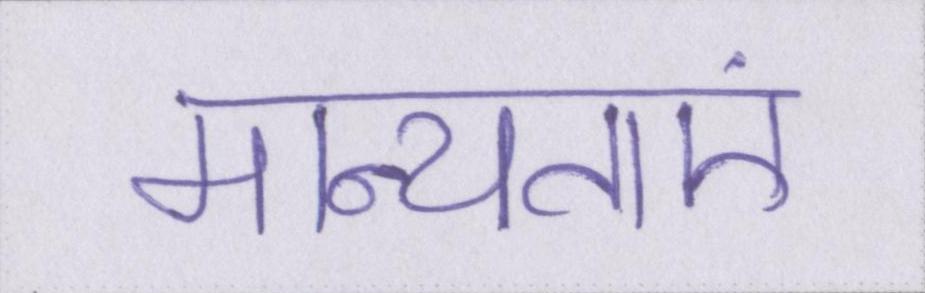
मान्यताएं